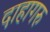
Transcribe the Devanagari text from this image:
दाहागरु